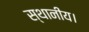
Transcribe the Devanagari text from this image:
स्‍थानीय।